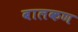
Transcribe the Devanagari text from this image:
बालकण